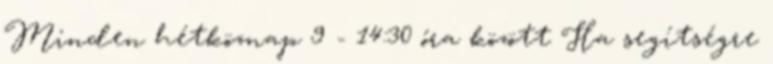
Minden hétköznap 9 - 14:30 óra között Ha segítségre